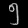
Digit: ၅